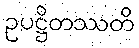
ဥပဋ္ဌိတဿတိ